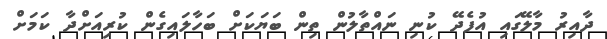
ދާއިރު މާލޭގައި އުފެދޭ ކުނި ނައްތާލުުން ތިން ބަޔަކަށް ބަހާލައިގެން ކުރިއަށްދާ ކަމަށް